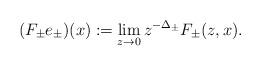
LaTeX: \begin{align*}(F_\pm e_\pm)(x) := \lim_{z\to 0}z^{-\Delta_\pm}F_\pm(z,x).\end{align*}